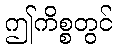
ဤကိစ္စတွင်